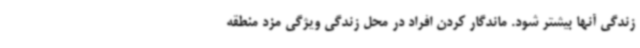
زندگی آنها بیشتر شود. ماندگار کردن افراد در محل زندگی ویژگی مزد منطقه